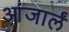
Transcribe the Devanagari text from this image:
आंजार्लं